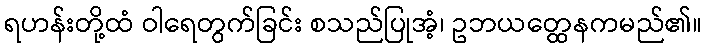
ရဟန်းတို့ထံ ဝါရေတွက်ခြင်း စသည်ပြုအံ့၊ ဥဘယတ္ထေနကမည်၏။